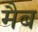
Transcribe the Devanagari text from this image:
मैब